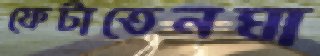
ফেটাতেনঘা